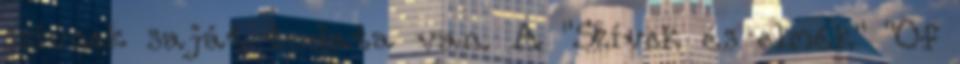
szívnek saját tudata van. A "Szívek és elmék" "Of